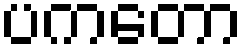
ပကတော